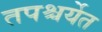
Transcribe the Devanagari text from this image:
तपश्चर्येत